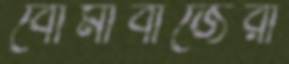
বোমাবাজেরা